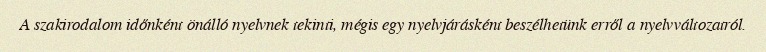
A szakirodalom időnként önálló nyelvnek tekinti, mégis egy nyelvjárásként beszélhetünk erről a nyelvváltozatról.